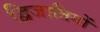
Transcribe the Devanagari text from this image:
द्विजातियों